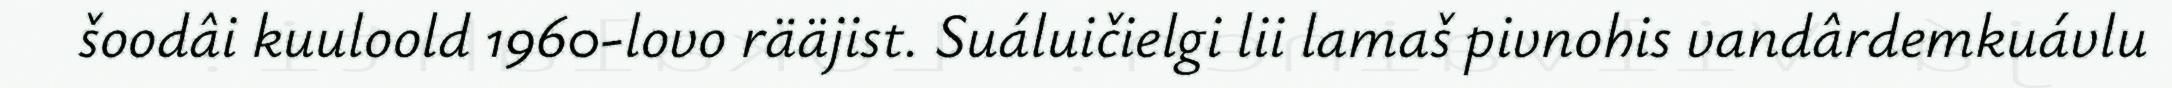
šoodâi kuuloold 1960-lovo rääjist. Suáluičielgi lii lamaš pivnohis vandârdemkuávlu